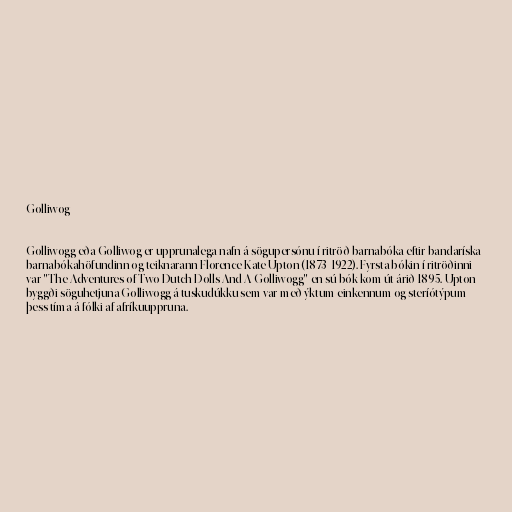
Golliwog

Golliwogg eða Golliwog er upprunalega nafn á sögupersónu í ritröð barnabóka eftir bandaríska
barnabókahöfundinn og teiknarann Florence Kate Upton (1873-1922). Fyrsta bókin í ritröðinni
var "The Adventures of Two Dutch Dolls And A Golliwogg" en sú bók kom út árið 1895. Upton
byggði söguhetjuna Golliwogg á tuskudúkku sem var með ýktum einkennum og steríótýpum
þess tíma á fólki af afríkuuppruna.